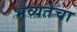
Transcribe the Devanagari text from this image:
भव्यतेचा